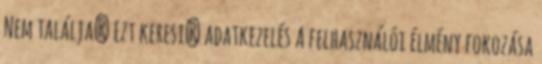
Nem találja? Ezt keresi? adatkezelés A felhasználói élmény fokozása